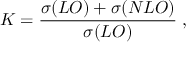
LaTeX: K = \frac { \sigma ( L O ) + \sigma ( N L O ) } { \sigma ( L O ) } \; ,